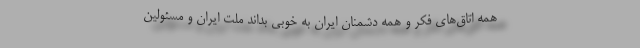
همه اتاق‌های فکر و همه دشمنان ایران به خوبی بداند ملت ایران و مسئولین